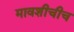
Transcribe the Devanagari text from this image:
मावशीचीच